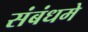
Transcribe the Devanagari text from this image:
संबंधमे